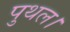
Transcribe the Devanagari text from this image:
पुथल।